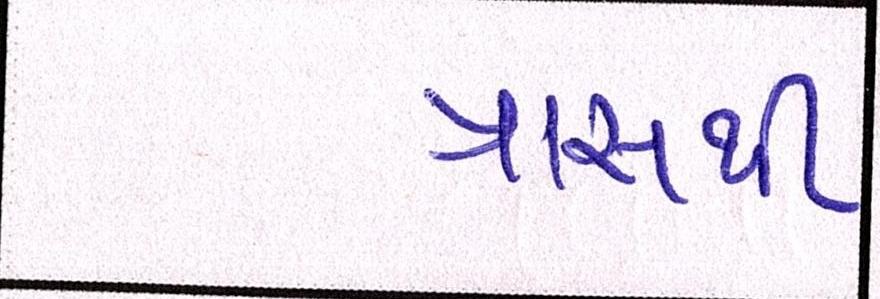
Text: ત્રાસથી